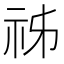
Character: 𥙌